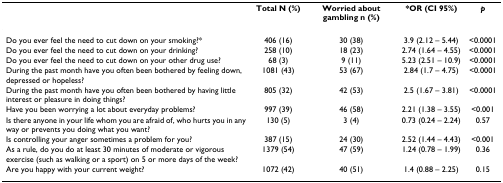
|  | Total N (%) | Worried about gambling n (%) | *OR (CI 95%) | p |
 | --- | --- | --- | --- | --- |
 | Do you ever feel the need to cut down on your smoking?* | 406 (16) | 30 (38) | 3.9 (2.12 – 5.44) | <0.0001 |
 | Do you ever feel the need to cut down on your drinking? | 258 (10) | 18 (23) | 2.74 (1.64 – 4.55) | <0.0001 |
 | Do you ever feel the need to cut down on your other drug use? | 68 (3) | 9 (11) | 5.23 (2.51 – 10.9) | <0.0001 |
 | During the past month have you often been bothered by feeling down, depressed or hopeless? | 1081 (43) | 53 (67) | 2.84 (1.7 – 4.75) | <0.0001 |
 | During the past month have you often been bothered by having little interest or pleasure in doing things? | 805 (32) | 42 (53) | 2.5 (1.67 – 3.81) | <0.0001 |
 | Have you been worrying a lot about everyday problems? | 997 (39) | 46 (58) | 2.21 (1.38 – 3.55) | <0.001 |
 | Is there anyone in your life whom you are afraid of, who hurts you in any way or prevents you doing what you want? | 130 (5) | 3 (4) | 0.73 (0.24 – 2.24) | 0.57 |
 | Is controlling your anger sometimes a problem for you? | 387 (15) | 24 (30) | 2.52 (1.44 – 4.43) | <0.001 |
 | As a rule, do you do at least 30 minutes of moderate or vigorous exercise (such as walking or a sport) on 5 or more days of the week? | 1379 (54) | 47 (59) | 1.24 (0.78 – 1.99) | 0.36 |
 | Are you happy with your current weight? | 1072 (42) | 40 (51) | 1.4 (0.88 – 2.25) | 0.15 |